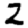
Digit: 2